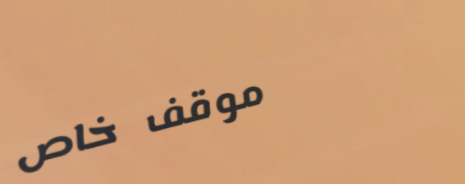
موقف خاص